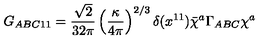
G _ { A B C 1 1 } = \frac { \sqrt { 2 } } { 3 2 \pi } \left( \frac { \kappa } { 4 \pi } \right) ^ { 2 / 3 } \delta ( x ^ { 1 1 } ) \bar { \chi } ^ { a } \Gamma _ { A B C } \chi ^ { a }